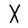
Character: X